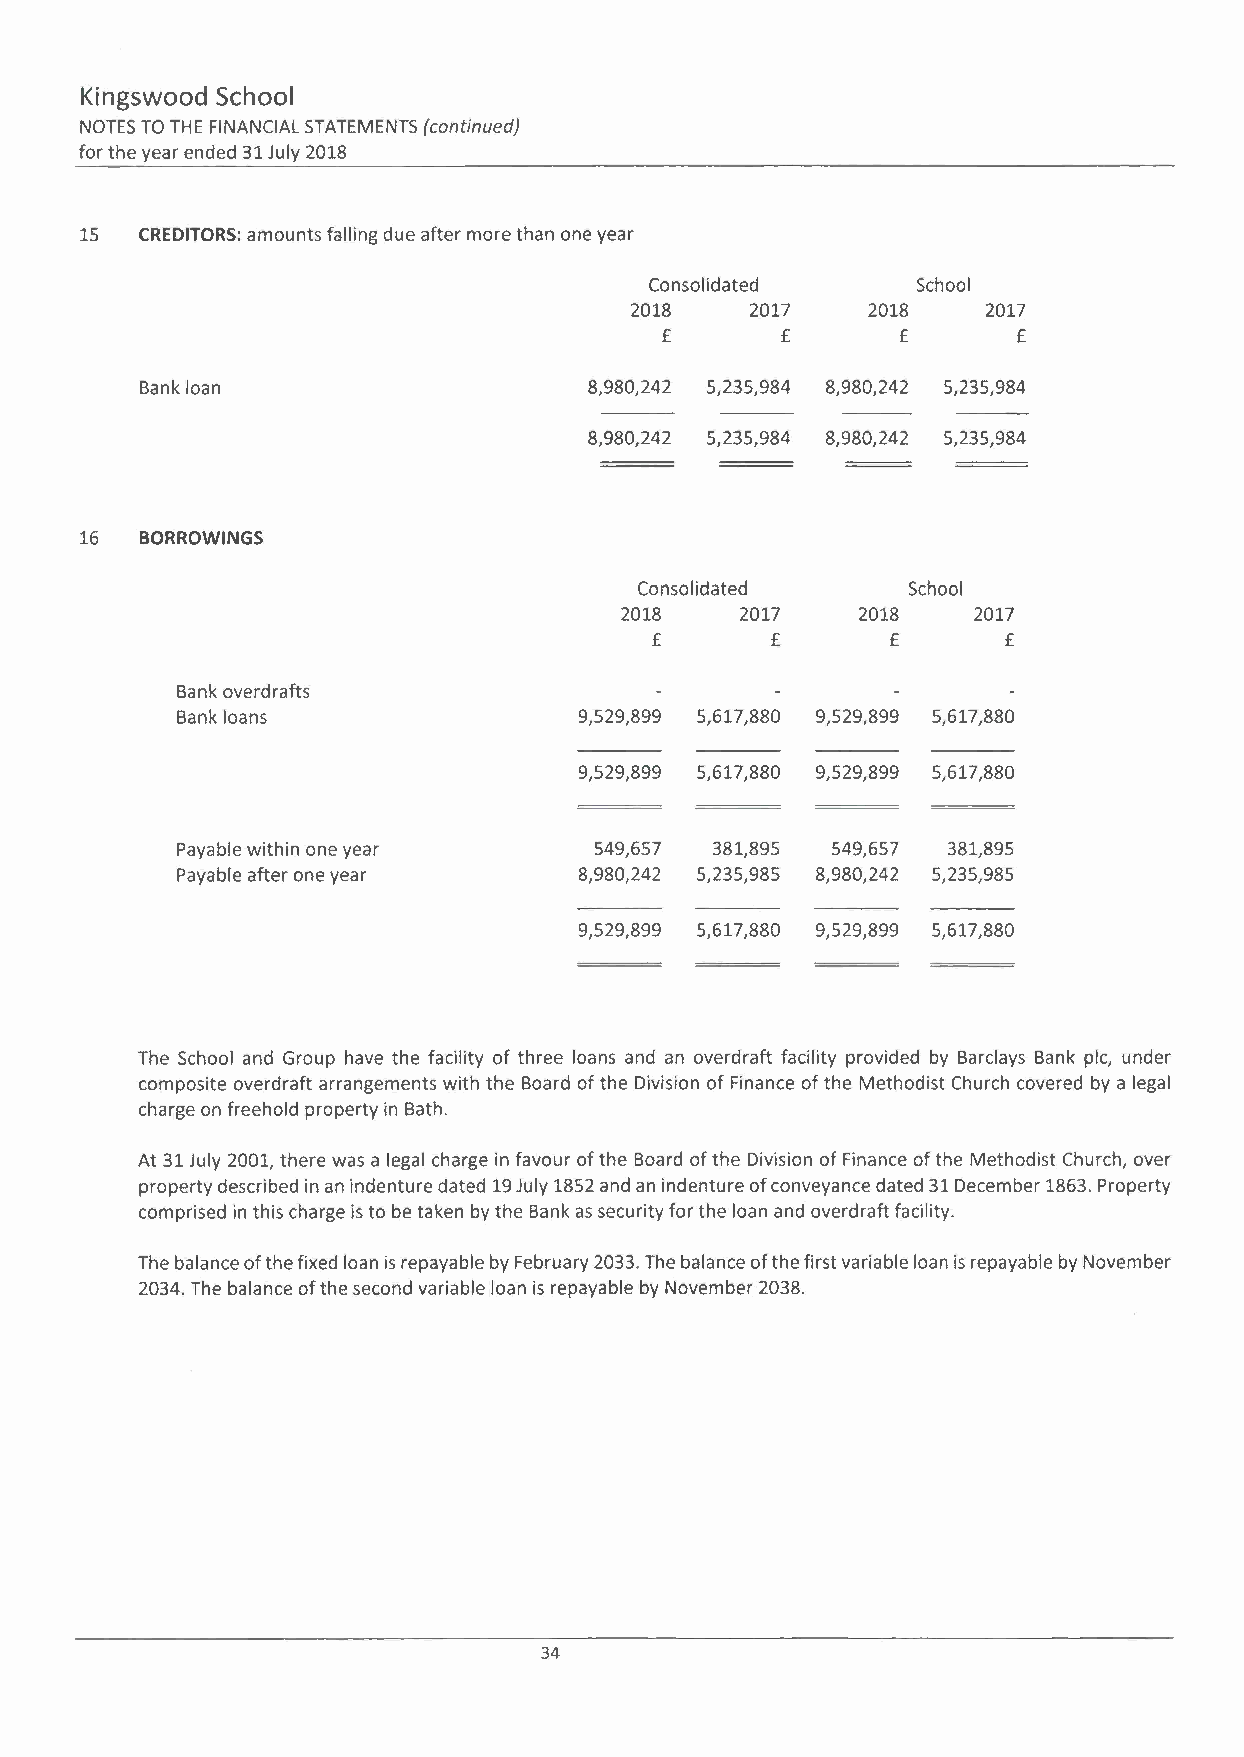
Kingswood School
 NOTES TO THE FINANCIALS TATEMENTS (continued)
 for the year ended 31 July 2018
 15  CREDITORS: amounts falling due after more than one year
 Consolidated      School
 2018    2017   2018    2017
 £       £       £      £
 Bank loan                     8,980,242 5,235,984 8,980,242 5,235,984
 8,980,242 5,235,984 8,980,242 5,235,984
 16  BORROWINGS
 Consolidated      School
 2018    2017    2018   2017
 £       £       £       £
 Bank overdrafts
 Bank loans                9,529,899 5,617,880 9,529,899 5,617,880
 9,529,899 5,617,880 9,529,899 5,617,880
 Payable within one year    549,657 381,895 549,657 381,895
 Payable after one year    8,980,242 5,235,985 8,980,242 5,235,985
 9,529,899 5,617,880 9,529,899 5,617,880
 The School and Group have the facility of three loans and an overdraft facility provided by Barclays Bank pic, under
 composite overdraft arrangements with the Board of the Division of Finance of the Methodist Church covered by a legal
 charge on freehold property in Bath.
 At 31 July 2001, there was a legal charge in favour of the Board of the Division of Finance of the Methodist Church, over
 property described in an indenture dated 19 July 1852 and an indenture of conveyance dated 31 December 1863. Property
 comprised in this charge is to be taken by the Bank as security for the loan and overdraft facility.
 The balance of the fixed loan is repayable by February 2033. The balance of the first variable loan is repayable by November
 2034. The balance of the second variable loan is repayable by November 2038.
 34